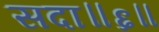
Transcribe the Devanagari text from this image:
सदा॥६॥